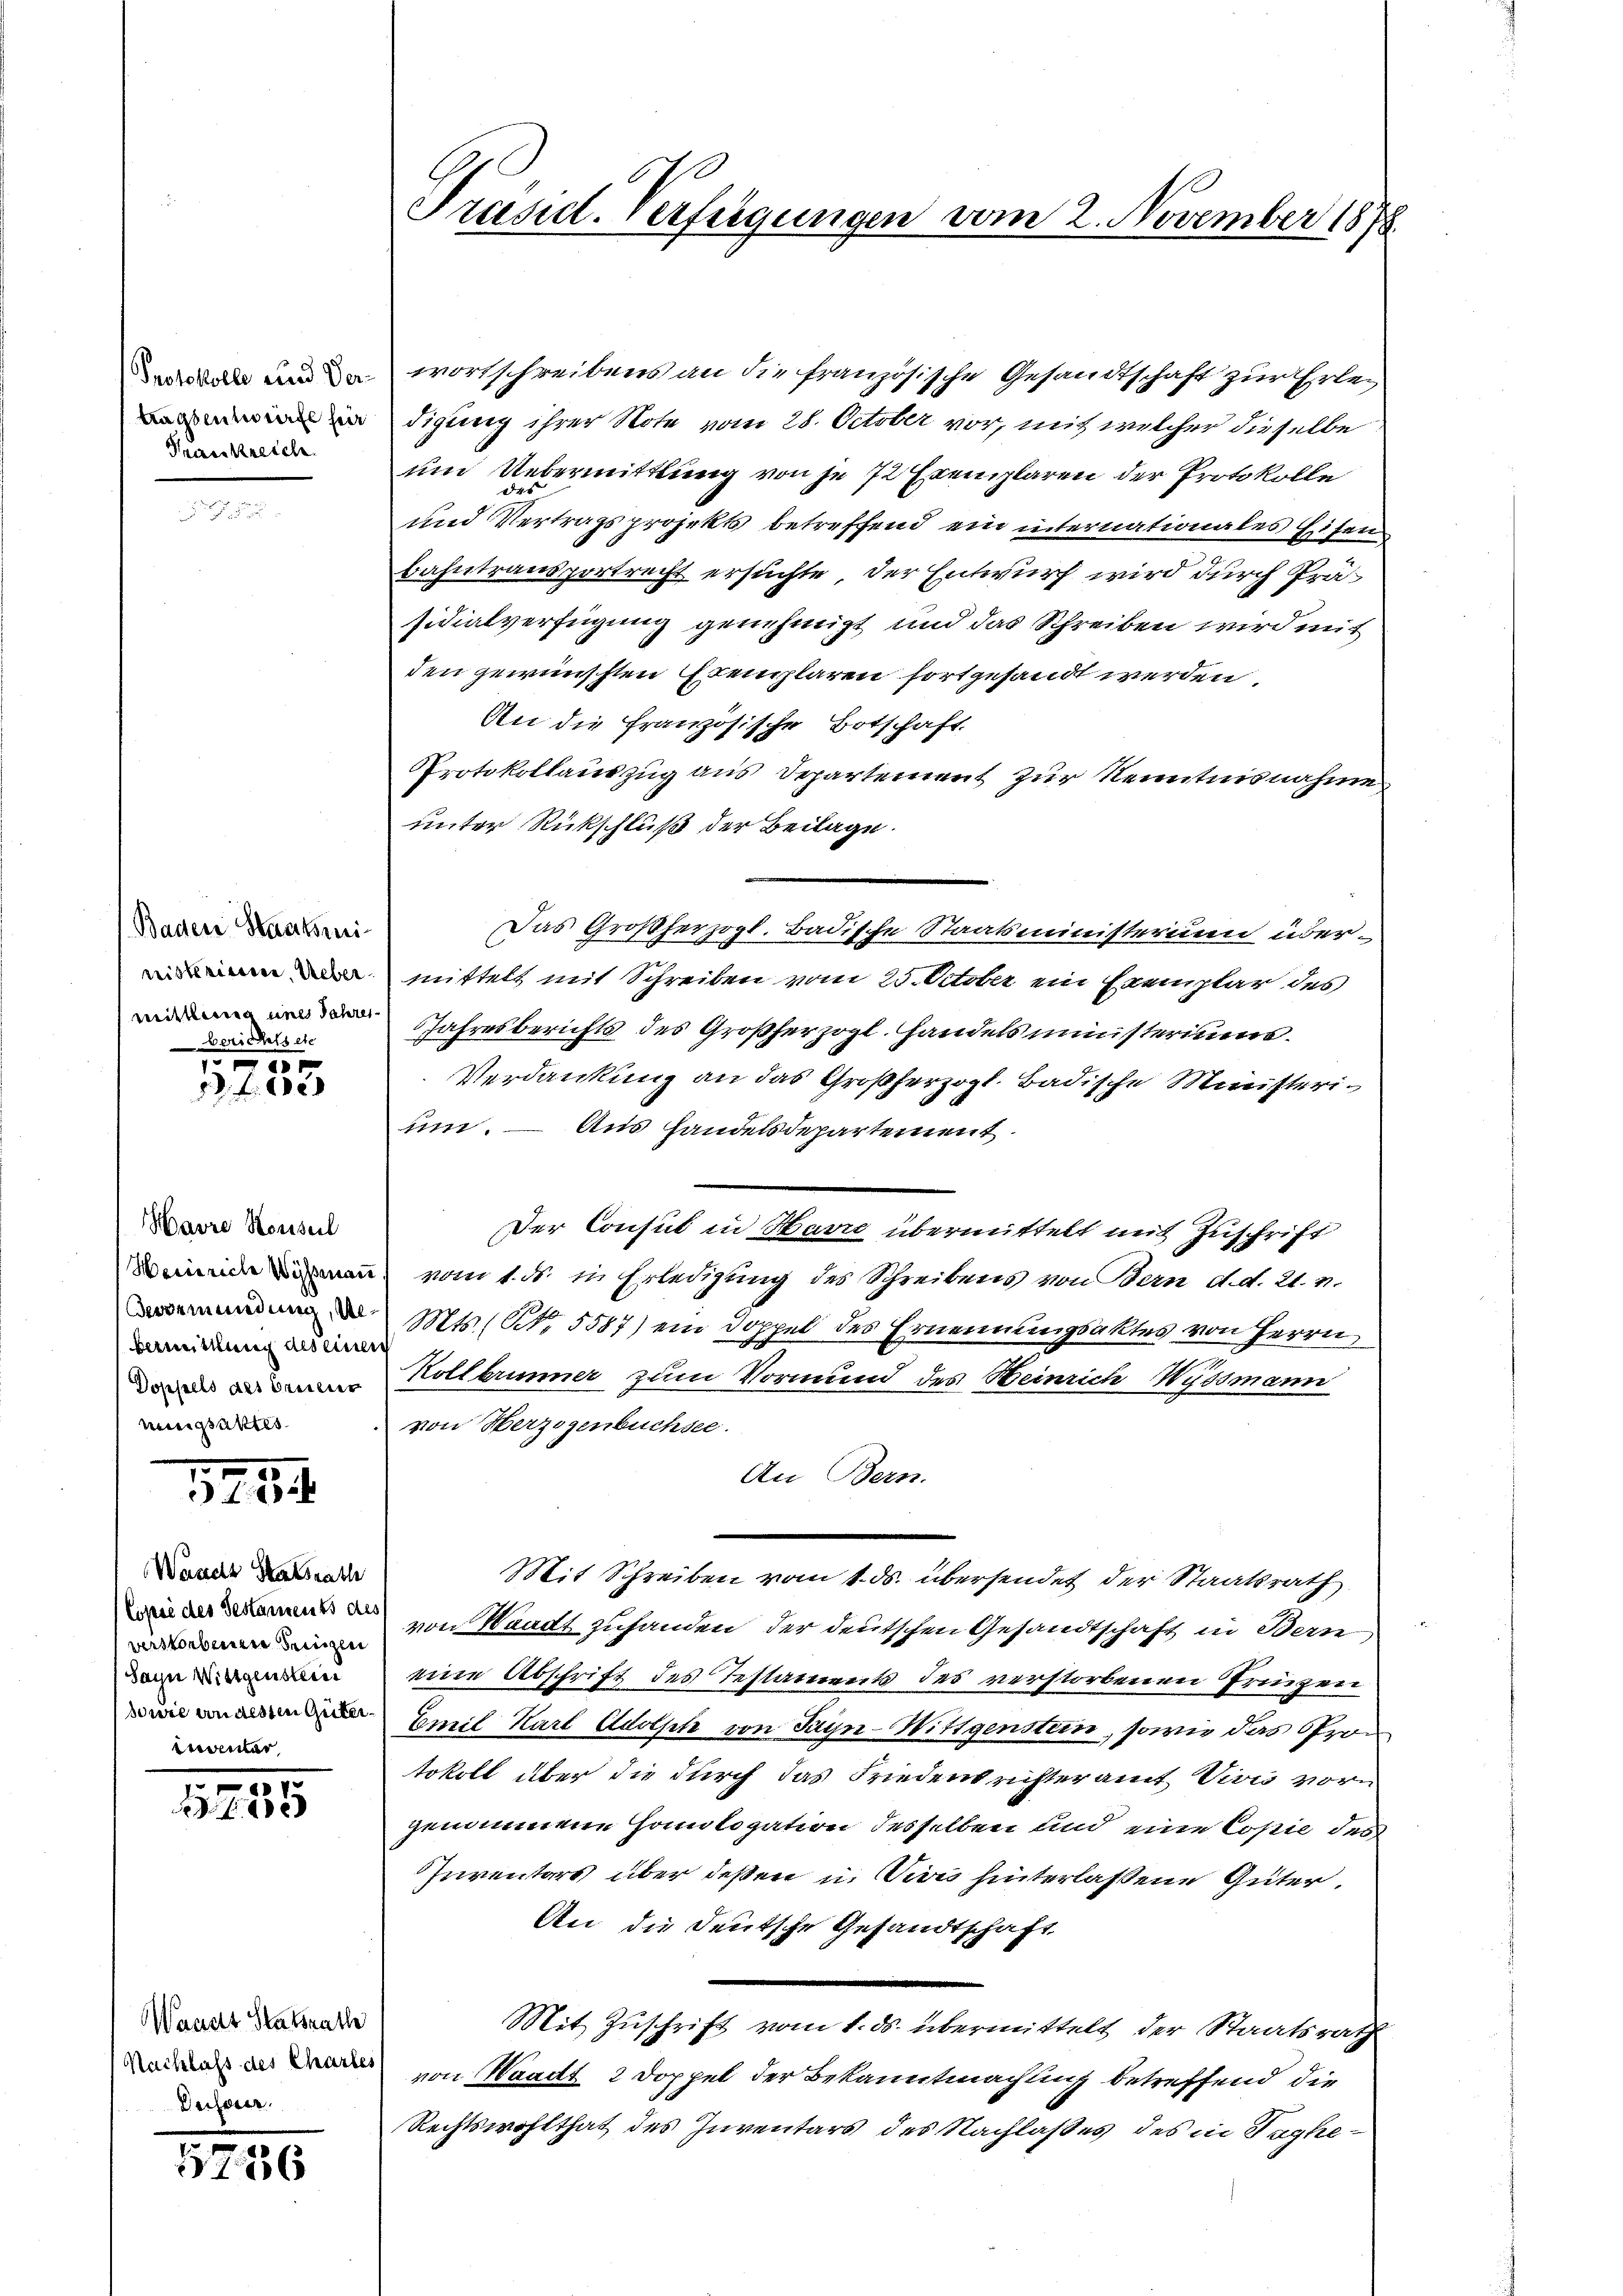
Protokolle und Vertagsentwürfe her
Kreiskreich

Baden Staatsmi
cristeriesser, Ueber
mittlung und Jahres
berichts etc

e
e

Havre Konseil
Heinriche Wismann
Aergemündung, de
bermittlung des eine
Doppels als Brueder
mieigsaktes

1784.

Wasselt Staatsrath
Lopse des Gestaments des
verstorbenen einzen
Sayn Wittgenstein
sowie an dessen Güter,
weier

5
e

Wandes Staatsrathe
Nachlass des Charte
Desserer

5736

.
Präsid. Verfügungen vom 2. November 1878

wortschreibens an die französische Gesandtschaft zur Erledigung ihrer Note vom 28. October vor, mit welcher dieselbe
um Uebermittlung von je 72 Exemplaren der Protokolle
und Vertragsprojekts betreffend ein internationales Eisen
bahntransportrecht ersuchte, der Entwurf wird durch Präsidialverfügung genehmigt und das Schreiben wird mit
den gewünschten Exemplaren fortgesandt werden.
An die französische Botschaft
Protokollauszug aus Departement zur Kenntnisnahme
unter Rückschluß der Beilage.
Das Großherzogl. Badische Staatsministerium übermittelt mit Schreiben vom 25. October ein Exemplar des
Jahresberichts des Großherzogl. Handels ministeriums.
Verdankung an das Großherzogl. Badische Ministerium. – Aus handelsdepartement.
Der Consul in Havre übermittelt mit Zuschrift
vom 1. ds. in Erledigung des Schreibens von Bern d. d. 21. v.
Mts., Nr. 5587) ein Doppel des Ernennungsaktes von Herrn
.
Kollbrunner zum Vormund des Heinrich Wydsmann
von Herzogenbuchsee.
An Bern.
Mit Schreiben vom 1. ds. übersendet der Staatsrath
von Waadt zufanden, der deutschen Gesandtschaft in Bern,
eine Abschrift des Testaments des verstorbenen Prinzen
Emil Karl Adolph von Sayn-Wittgenstein, sowie das Pron
tokoll über die durch das Friedensrichteramt Vivis vorn
genommene Homologatern desselben und eine Copie des
Inventars über deßen u. Sie hinterlassene Güter
An die deutsche Gesandtschaft
Mit Zuschrift vom 1. ds. übermittelt der Staatsrath
von Waadt 2 Doppel der Bekanntmachung betreffend die
Rechtswohlthat des Inventars des Nachlaßes des in Taghe¬